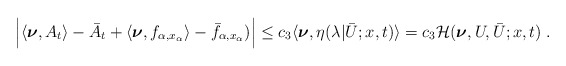
\begin{align*}\begin{aligned}\Big|\langle\boldsymbol{\nu},A_t\rangle-\bar A_t+ \langle\boldsymbol{\nu},f_{\alpha,x_\alpha}\rangle -\bar f_{\alpha,x_\alpha})\Big| &\le c_3 \langle \boldsymbol{\nu} , \eta (\lambda | \bar U;x,t ) \rangle = c_3 \mathcal{H} ( \boldsymbol{\nu},U,\bar{U};x,t)\;.\end{aligned}\end{align*}